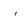
Character: i